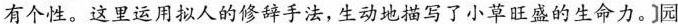
有个性。这里运用拟人的修辞手法,军动地描写了小草旺盛的生命力。]园